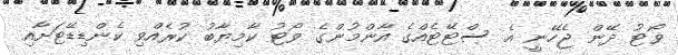
ވޯޓު ދޭން ޖެހޭނީ އެ ސްޓޭޓެއްގެ އާންމުންގެ ވޯޓު ކާމިޔާބު ކުރެއްވި ކެންޑިޑޭޓަށާއި